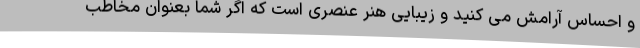
و احساس آرامش می کنید و زیبایی هنر عنصری است که اگر شما بعنوان مخاطب